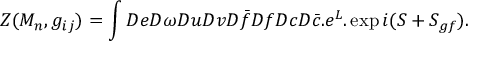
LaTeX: Z ( M _ { n } , g _ { i j } ) = \int D e D \omega D u D v D \bar { f } D f D c D \bar { c } . e ^ { L } . \exp i ( S + S _ { g f } ) .